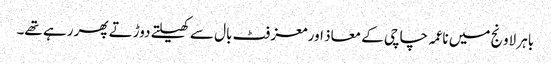
باہر لاونج میں ناعمہ چاچی کے معاذ اور معز فٹ بال سے کھیلتے دوڑتے پھر رہے تھے۔